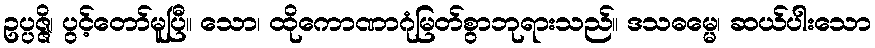
ဥပ္ပဇ္ဇိ၊ ပွင့်တော်မူပြီ။ သော၊ ထိုကောဏာဂုံမြတ်စွာဘုရားသည်။ ဒသဓမ္မေ၊ ဆယ်ပါးသော